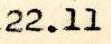
22.11